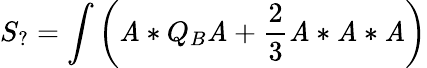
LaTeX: S_{?}=\int\left(\mathit{A}*Q_{B}\mathit{A}+\frac{{2}}{{3}}\mathit{A}*\mathit{A}*\mathit{A}\right)